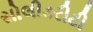
સોલીડરીટી